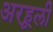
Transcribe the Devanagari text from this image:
अरहूली